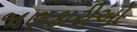
જાણકારીઓ